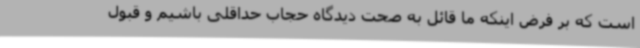
است که بر فرض اینکه ما قائل به صحت دیدگاه حجاب حداقلی باشیم و قبول